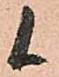
候